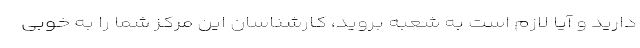
دارید و آیا لازم است به شعبه بروید، کارشناسان این مرکز شما را به خوبی